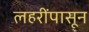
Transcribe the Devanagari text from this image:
लहरींपासून